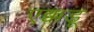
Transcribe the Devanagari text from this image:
एक्कडू